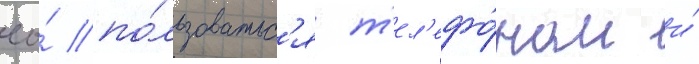
ео́ по́льзоватьс'я т'ел'ефо́ном и́